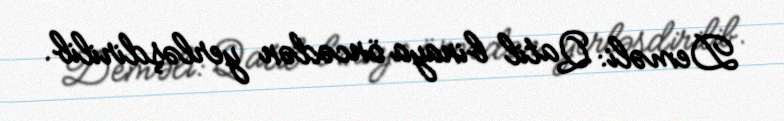
Deməli: Qatil binaya öncədən yerləşdirilib.